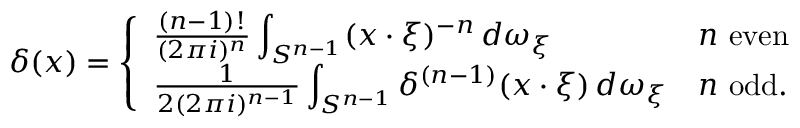
\delta ( x ) = { \left\{ \begin{array} { l l } { { \frac { ( n - 1 ) ! } { ( 2 \pi i ) ^ { n } } } \displaystyle \int _ { S ^ { n - 1 } } ( x \cdot \xi ) ^ { - n } \, d \omega _ { \xi } } & { n { \mathrm { ~ e v e n } } } \\ { { \frac { 1 } { 2 ( 2 \pi i ) ^ { n - 1 } } } \displaystyle \int _ { S ^ { n - 1 } } \delta ^ { ( n - 1 ) } ( x \cdot \xi ) \, d \omega _ { \xi } } & { n { \mathrm { ~ o d d } } . } \end{array} \right. }